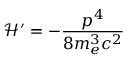
{ \mathcal { H } } ^ { \prime } = - { \frac { p ^ { 4 } } { 8 m _ { e } ^ { 3 } c ^ { 2 } } }